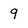
Character: 9